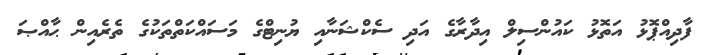
ފާދިއްޕޮޅު އަތޮޅު ކައުންސިލް އިދާރާގެ އަދި ސެކްޝަނާއި ޔުނިޓްގެ މަސައްކަތްތަކުގެ ތެރެއިން ޙާއްޞަ